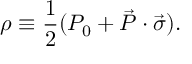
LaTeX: \rho \equiv \frac { 1 } { 2 } ( P _ { 0 } + \vec { P } \cdot \vec { \sigma } ) .